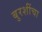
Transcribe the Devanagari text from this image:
बुरशींचा